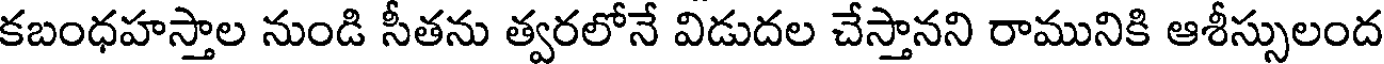
కబంధహస్తాల నుండి సీతను త్వరలోనే విడుదల చేస్తానని రామునికి ఆశీస్సులంద